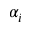
\alpha _ { i }